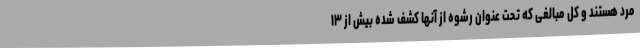
مرد هستند و کل مبالغی که تحت عنوان رشوه از آنها کشف شده بیش از ۱۳